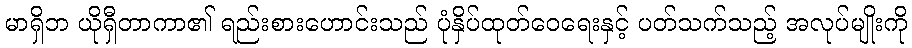
မာရှိဘ ယိုရှီတာကာ၏ ရည်းစားဟောင်းသည် ပုံနှိပ်ထုတ်ဝေရေးနှင့် ပတ်သက်သည့် အလုပ်မျိုးကို